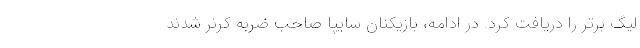
لیگ برتر را دریافت کرد. در ادامه، بازیکنان سایپا صاحب ضربه کرنر شدند